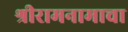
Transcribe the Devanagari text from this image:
श्रीरामनामाचा